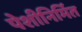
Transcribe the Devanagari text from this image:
पेशीनिर्मित